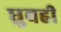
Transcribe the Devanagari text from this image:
ध्रुवही